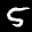
Label: 5